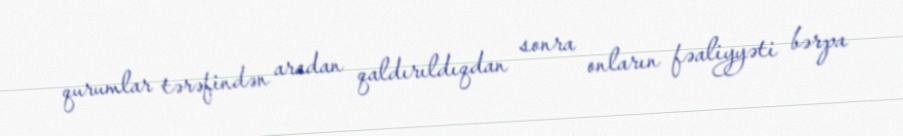
qurumlar tərəfindən aradan qaldırıldıqdan sonra onların fəaliyyəti bərpa